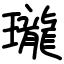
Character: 瓏